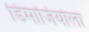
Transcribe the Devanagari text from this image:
डिमाजियोला